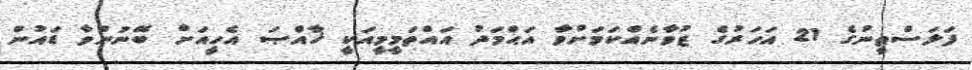
ފަލަސްޠީނުގެ 21 އަހަރުގެ ޒުވާނެއްކަމަށްވާ އަޙްމަދު އައްތަމީމީއަކީ ޚާއްޞަ އެހީއަށް ބޭނުންވާ ޑައުން